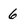
Character: 6